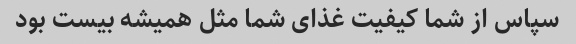
سپاس از شما کیفیت غذای شما مثل همیشه بیست بود